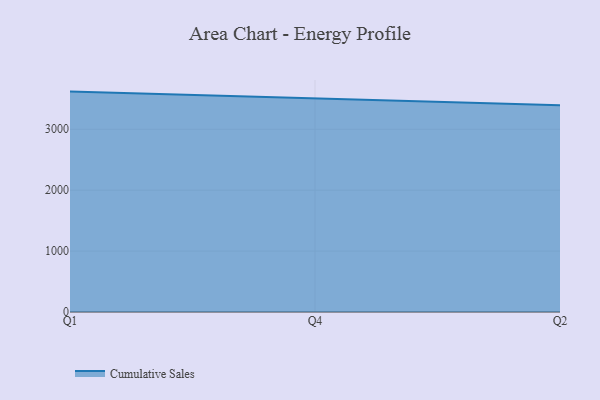
{"axis": {"x": "Quarter", "y": "Bounce Rate (%)"}, "legend": ["Cumulative Sales"], "data": [{"x": "Q1", "y": 3618.2, "type": "Cumulative Sales"}, {"x": "Q4", "y": 3501.6, "type": "Cumulative Sales"}, {"x": "Q2", "y": 3393.2, "type": "Cumulative Sales"}]}